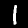
Label: 1